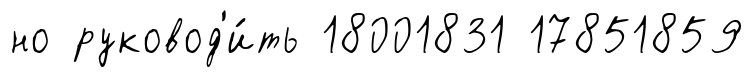
но руковод'и́ть 18001831 17851859